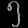
Digit: ၅